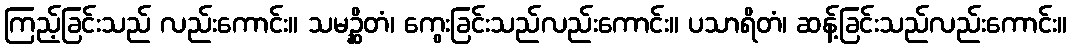
ကြည့်ခြင်းသည် လည်းကောင်း။ သမဉ္ဆိတံ၊ ကွေးခြင်းသည်လည်းကောင်း။ ပသာရိတံ၊ ဆန့်ခြင်းသည်လည်းကောင်း။